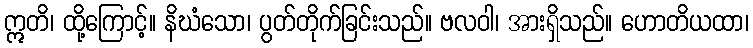
ဣတိ၊ ထို့ကြောင့်။ နိဃံသော၊ ပွတ်တိုက်ခြင်းသည်။ ဗလဝါ၊ အားရှိသည်။ ဟောတိယထာ၊